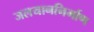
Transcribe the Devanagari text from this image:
जलयाननिर्माण